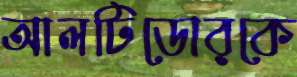
আলটিডোরকে